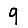
Digit: 9